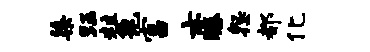
染珏粒兔富亦腾怨都化